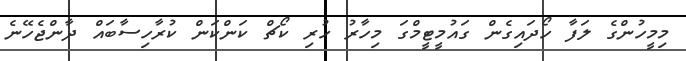
މިމީހުންގެ ލަފާ ހޯދައިގެން ގައުމީޓީމްގަ މިހާރު ހުރި ކޯޗް ކަންކަން ކުރާހިސާބައް ދާންޖެހޭނެ